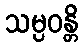
သမ္ပဝန္တိ